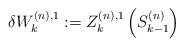
LaTeX: \begin{align*}\delta W^{(n),1}_k:=Z^{(n),1}_k\left(S^{(n)}_{k-1}\right)\end{align*}